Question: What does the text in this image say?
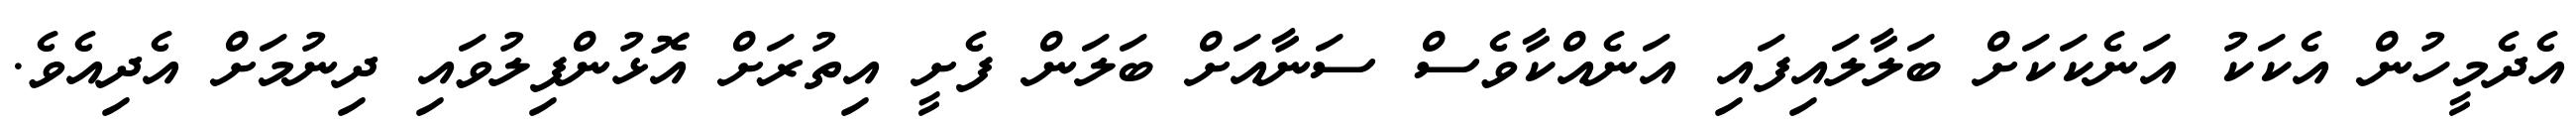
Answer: އެދެމީހުން އެކަކު އަނެކަކަށް ބަލާލައިފައި އަނެއްކާވެސް ސަނާއަށް ބަލަން ފެށީ އިތުރަށް އޮޅުންފިލުވައި ދިނުމަށް އެދިއެވެ.